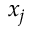
x _ { j }